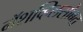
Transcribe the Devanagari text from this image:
नॅशव्हिलसोबत